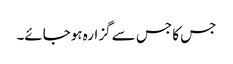
جس کا جس سے گزارہ ہوجائے۔